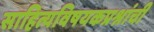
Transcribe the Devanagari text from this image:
साहित्यविषयकप्रश्नांची